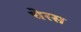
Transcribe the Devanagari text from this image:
चेरस